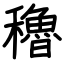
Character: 穭